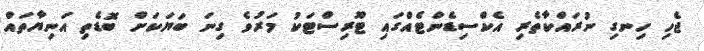
ޖެހި ހިނގި ނުރައްކާތެރި އެކްސިޑެންޓެއްގައި ޓޫރިސްޓަކު މަރުވެ ގިނަ ބަޔަކަށް ބޮޑެތި އަނިޔާތައް